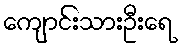
ကျောင်းသားဦးရေ